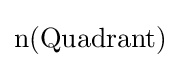
{\text{n(Quadrant)}}